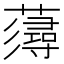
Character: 𧀷